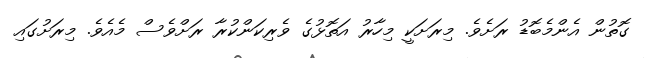
ގޮތުން އެންމެބޮޑު ރަށެވެ. މިރަށަކީ މިހާރު އަތޮޅުގެ ވެރިކަންކުރާ ރަށްވެސް މެއެވެ. މިރަށުގައި